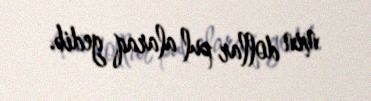
min dollar pul alaraq gedib.